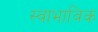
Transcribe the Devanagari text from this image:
स्‍वाभाविक